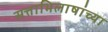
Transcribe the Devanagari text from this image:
सत्ताभिलाषांच्या